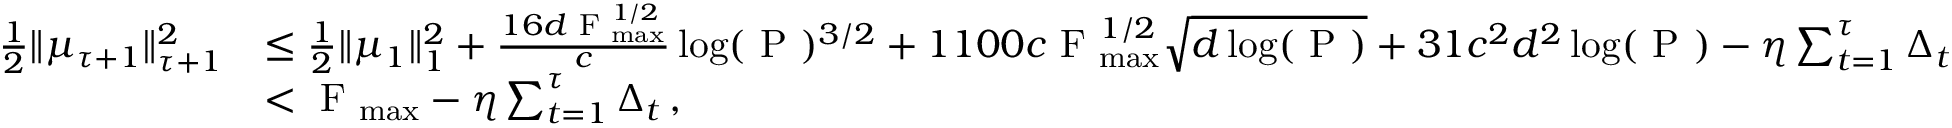
\begin{array} { r l } { \frac { 1 } { 2 } \Vert \mu _ { \tau + 1 } \Vert _ { \tau + 1 } ^ { 2 } } & { \leq \frac { 1 } { 2 } \Vert \mu _ { 1 } \Vert _ { 1 } ^ { 2 } + \frac { 1 6 d \textrm { F } _ { \operatorname* { m a x } } ^ { 1 / 2 } } { c } \log ( \textrm { P } ) ^ { 3 / 2 } + 1 1 0 0 c \textrm { F } _ { \operatorname* { m a x } } ^ { 1 / 2 } \sqrt { d \log ( \textrm { P } ) } + 3 1 c ^ { 2 } d ^ { 2 } \log ( \textrm { P } ) - \eta \sum _ { t = 1 } ^ { \tau } \Delta _ { t } } \\ & { < \textrm { F } _ { \operatorname* { m a x } } - \eta \sum _ { t = 1 } ^ { \tau } \Delta _ { t } \, , } \end{array}